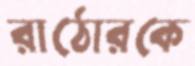
রাঠোরকে